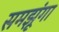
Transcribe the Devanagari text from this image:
समझूंगा